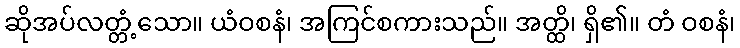
ဆိုအပ်လတ္တံ့သော။ ယံဝစနံ၊ အကြင်စကားသည်။ အတ္ထိ၊ ရှိ၏။ တံ ဝစနံ၊